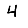
Digit: 4